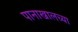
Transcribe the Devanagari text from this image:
पानाखालच्या